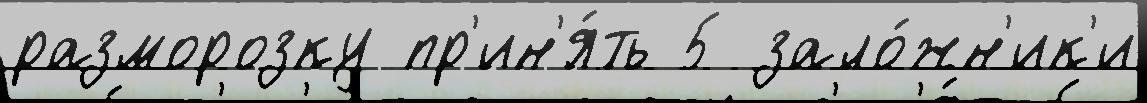
разморозку пр'ин'я́ть 5 зало́жн'ик'и